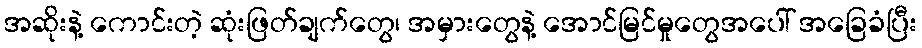
အဆိုးနဲ့ ကောင်းတဲ့ ဆုံးဖြတ်ချက်တွေ၊ အမှားတွေနဲ့ အောင်မြင်မှုတွေအပေါ် အခြေခံပြီး